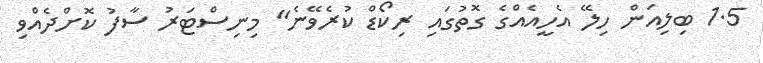
1.5 ބިލިއަން ހިލޭ އެހީއެއްގެ ގޮތުގައި ރިކޯޑް ކުރެވޭނެ" މިނިސްޓަރު ސާފު ކޮށްދެއްވި